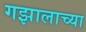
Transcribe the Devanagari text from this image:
गझालाच्या